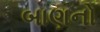
બાણનો